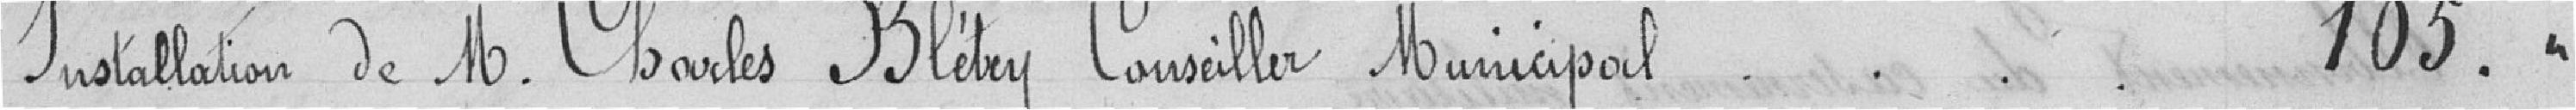
Installation de M. Charles Blétry Conseiller Municipal      105